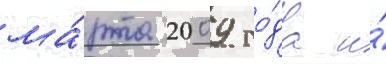
ма́рта 2009 го́да и́